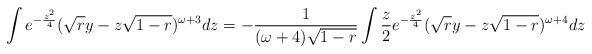
LaTeX: \begin{align*} \int e^{-\frac{z^2}{4}} (\sqrt{r}y-z\sqrt{1-r})^{\omega +3} dz=-\frac{1}{(\omega+4)\sqrt{1-r}} \int \frac{z}{2} e^{-\frac{z^2}{4}}(\sqrt{r}y-z\sqrt{1-r})^{\omega +4} dz\end{align*}